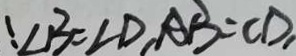
\angle B = \angle D , A B = C D ,